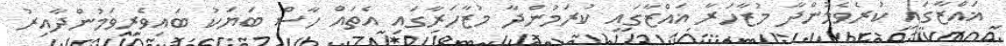
ޣައްޒާގައި ކުރެވެމުންދާ މުޒާހަރާ ޣައްޒާގައި ކުރަމުންދާ މުޒާހަރާގައި އެތައް ހާސް ބަޔަކު ބައިވެރިވަމުންދާއިރު